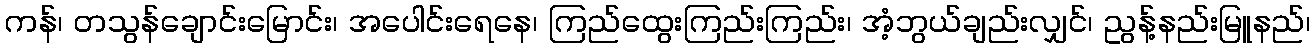
ကန်၊ တသွန်ချောင်းမြောင်း၊ အပေါင်းရေနေ၊ ကြည်ထွေးကြည်းကြည်း၊ အံ့ဘွယ်ချည်းလျှင်၊ ညွန့်နည်းမြူနည်၊